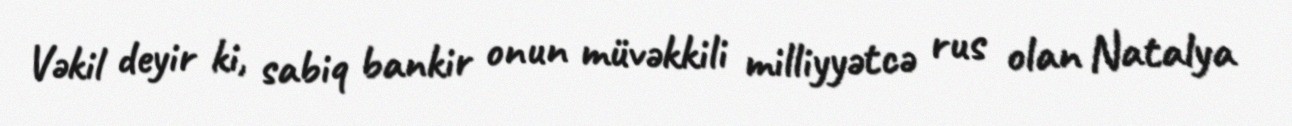
Vəkil deyir ki, sabiq bankir onun müvəkkili milliyyətcə rus olan Natalya